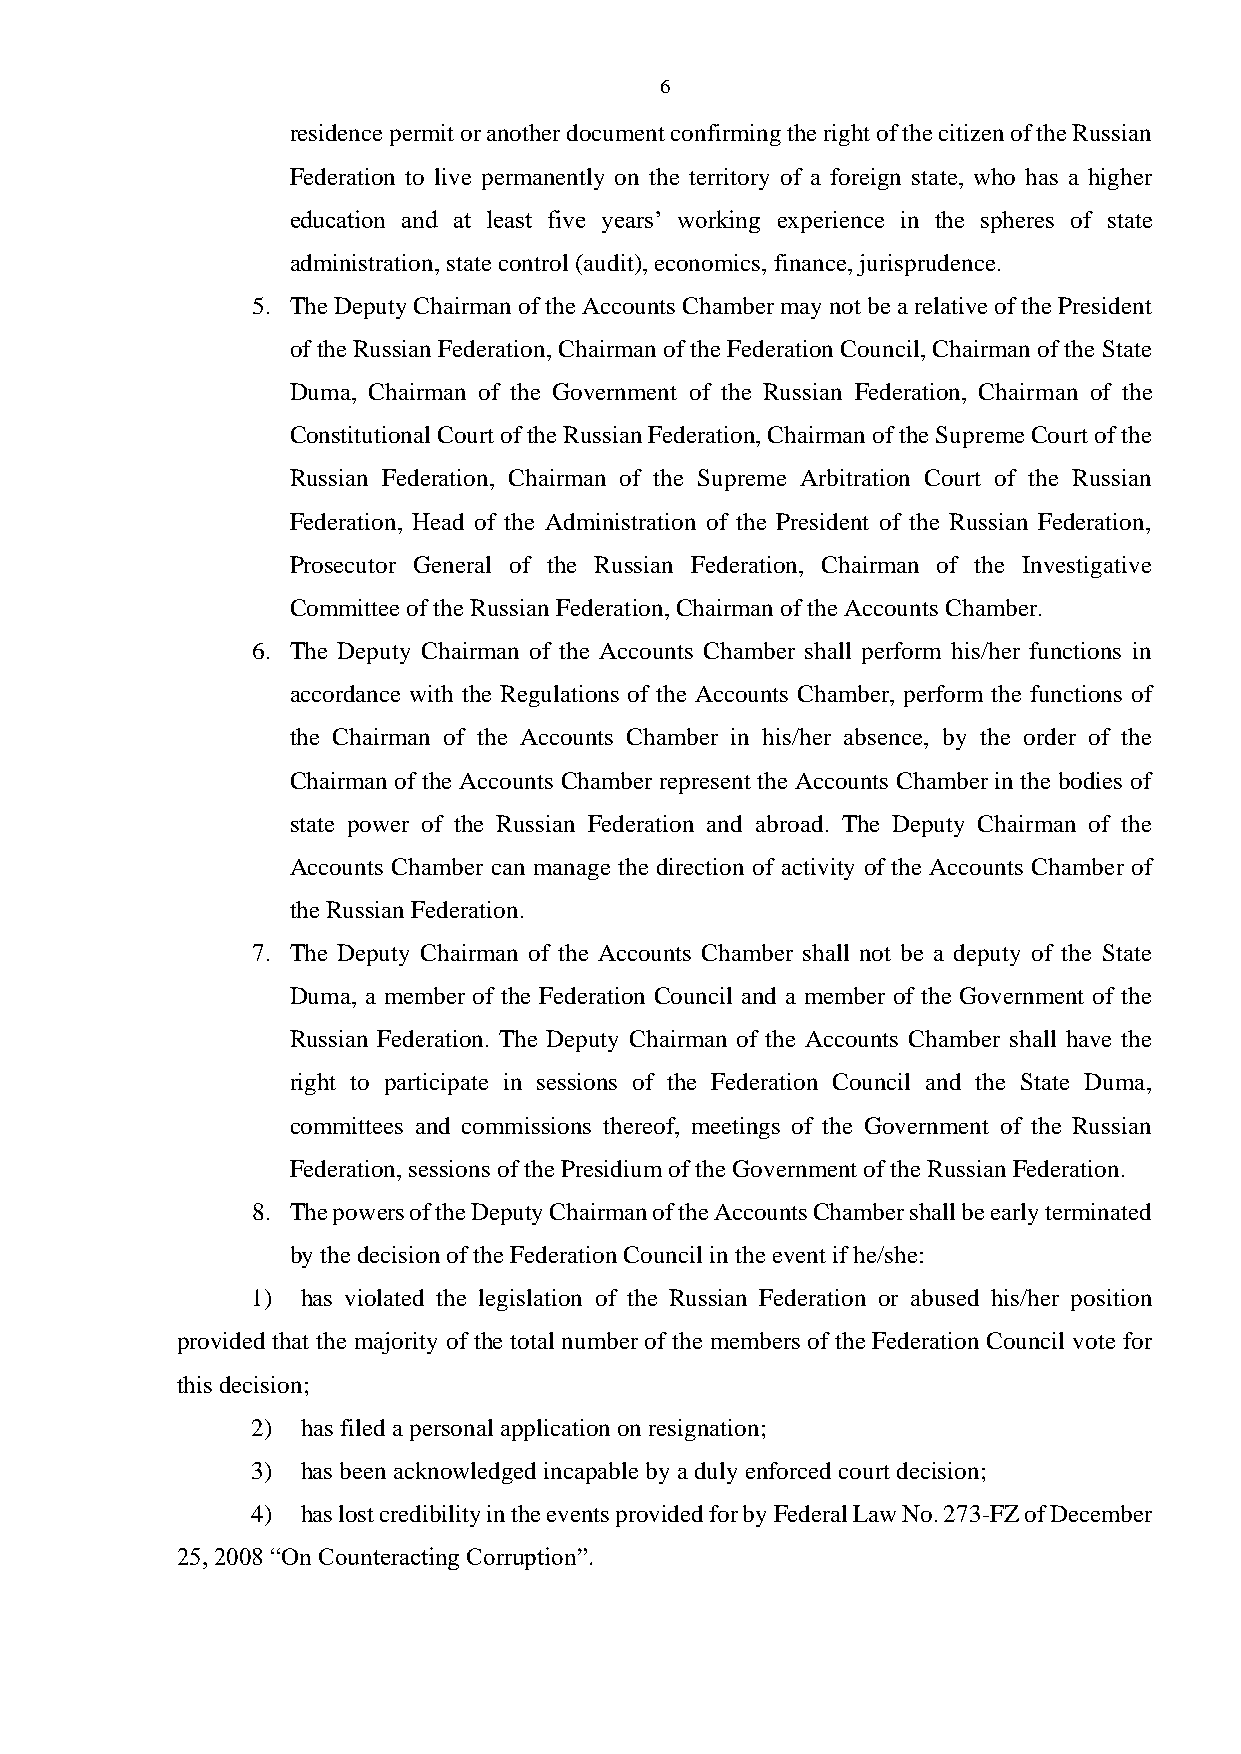
6
 residence permit or another document confirming the right of the citizen of the Russian
 Federation to live permanently on the territory of a foreign state, who has a higher
 education and at least five years’ working experience in the spheres of state
 administration, state control (audit), economics, finance, jurisprudence.
 5. The Deputy Chairman of the Accounts Chamber may not be a relative of the President
 of the Russian Federation, Chairman of the Federation Council, Chairman of the State
 Duma, Chairman of the Government of the Russian Federation, Chairman of the
 Constitutional Court of the Russian Federation, Chairman of the Supreme Court of the
 Russian Federation, Chairman of the Supreme Arbitration Court of the Russian
 Federation, Head of the Administration of the President of the Russian Federation,
 Prosecutor General of the Russian Federation, Chairman of the Investigative
 Committee of the Russian Federation, Chairman of the Accounts Chamber.
 6. The Deputy Chairman of the Accounts Chamber shall perform his/her functions in
 accordance with the Regulations of the Accounts Chamber, perform the functions of
 the Chairman of the Accounts Chamber in his/her absence, by the order of the
 Chairman of the Accounts Chamber represent the Accounts Chamber in the bodies of
 state power of the Russian Federation and abroad. The Deputy Chairman of the
 Accounts Chamber can manage the direction of activity of the Accounts Chamber of
 the Russian Federation.
 7. The Deputy Chairman of the Accounts Chamber shall not be a deputy of the State
 Duma, a member of the Federation Council and a member of the Government of the
 Russian Federation. The Deputy Chairman of the Accounts Chamber shall have the
 right to participate in sessions of the Federation Council and the State Duma,
 committees and commissions thereof, meetings of the Government of the Russian
 Federation, sessions of the Presidium of the Government of the Russian Federation.
 8. The powers of the Deputy Chairman of the Accounts Chamber shall be early terminated
 by the decision of the Federation Council in the event if he/she:
 1) has violated the legislation of the Russian Federation or abused his/her position
 provided that the majority of the total number of the members of the Federation Council vote for
 this decision;
 2) has filed a personal application on resignation;
 3) has been acknowledged incapable by a duly enforced court decision;
 4) has lost credibility in the events provided for by Federal Law No. 273-FZ of December
 25, 2008 “On Counteracting Corruption”.